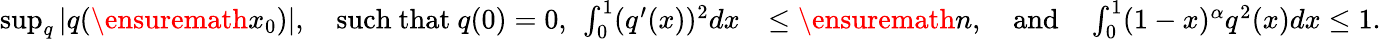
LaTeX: \begin{array}{rl}{\operatorname*{sup}_{q}|q(\ensuremath{{x_{0}}})|,\quad\mathrm{such~that~}q(0)=0,~\int_{0}^{1}(q^{\prime}(x))^{2}dx}&{\leq\ensuremath{n},\quad\mathrm{and}\quad\int_{0}^{1}(1-x)^{\alpha}q^{2}(x)dx\leq 1.}\end{array}